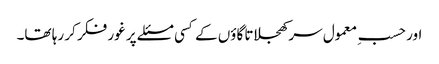
اور حسبِ معمول سر کھجلاتا گاؤں کے کسی مسئلے پر غور فکر کر رہا تھا۔